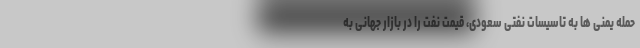
حمله یمنی ها به تاسیسات نفتی سعودی، قیمت نفت را در بازار جهانی به